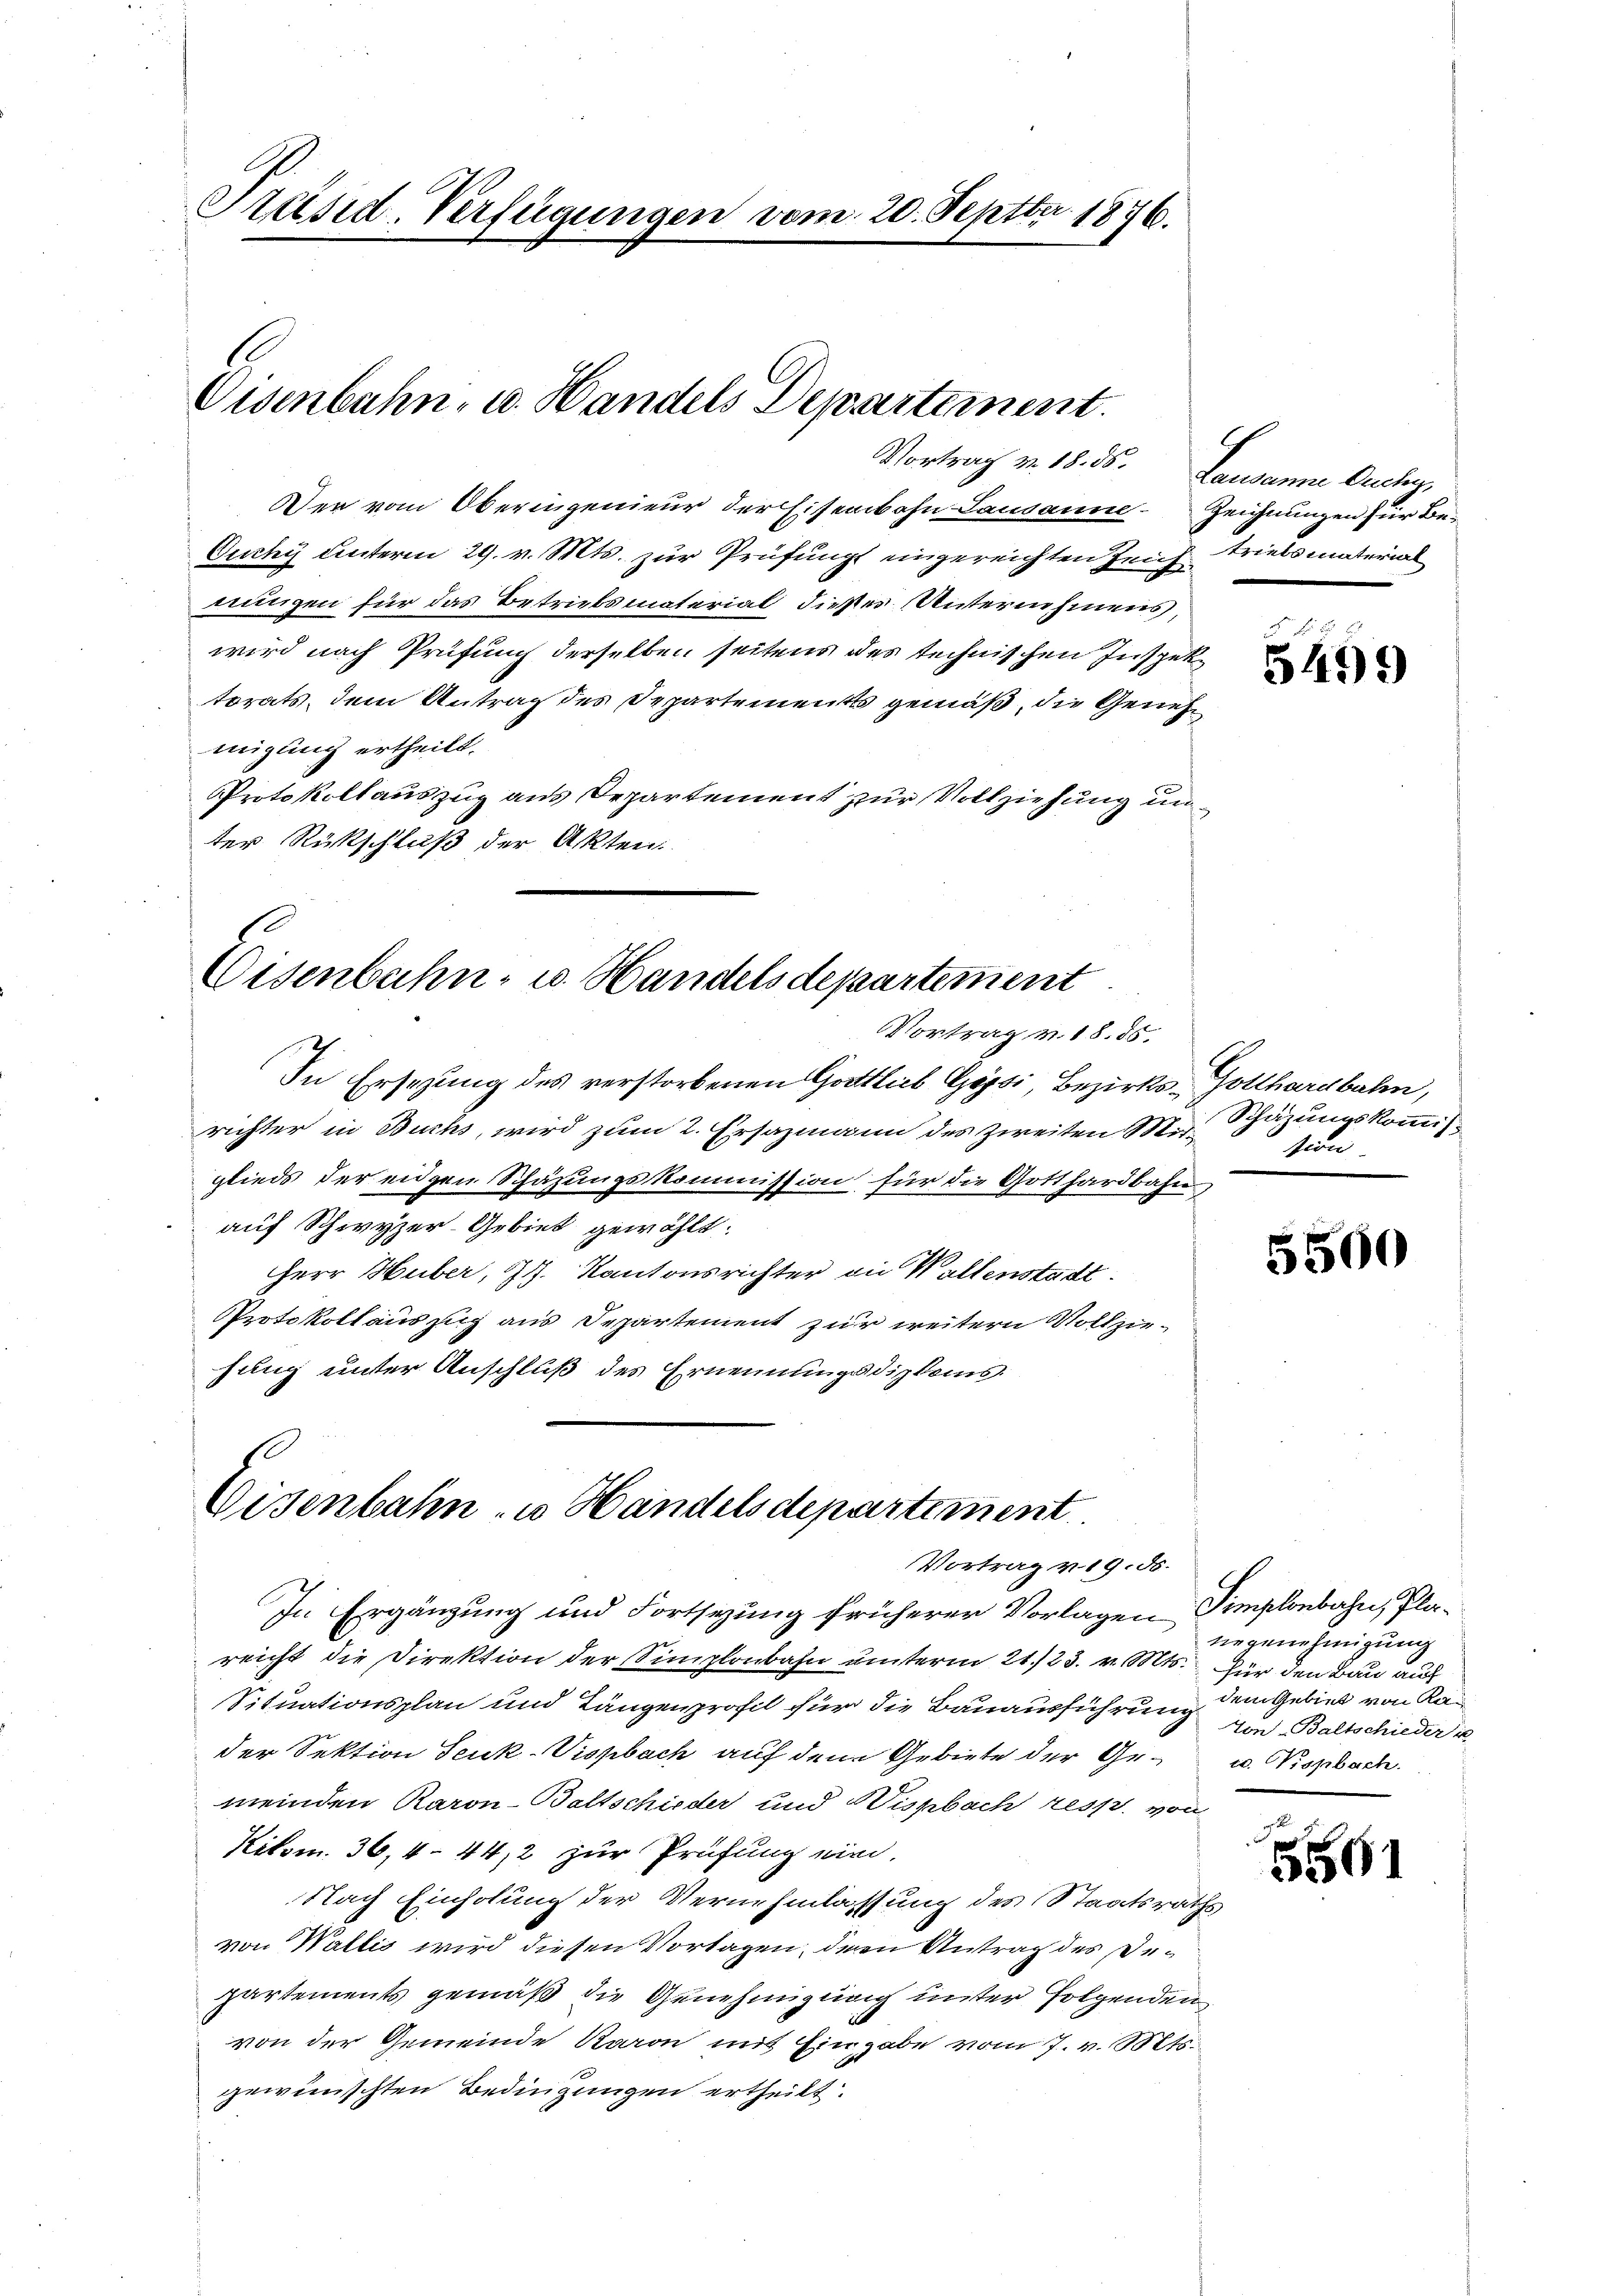
Präsid. Verfügungen vom 20. Septbr. 1876.

Eisenbahn- u. Handels Departement.

Der vom Oberingenieur der Eisenbahn Lausanne Zeichnungen für Be¬
Ouchy unterm 29. v. Mts. zur Prüfung eingereichten Zeich triebsmaterial
nungen für das Betriebsmaterial dieses Unternehmens,
wird nach Prüfung derselben seitens des technischen Inspektorats, dem Antrag des Departements gemäß, die Genehmigung ertheilt.
Protokollauszug aus Departement zur Vollziehung un
ter Rückschluß der Akten.

Vortrag v. 18. 85. Lausanne Ouchy,

Eisenbahn- u. Handelsdepartement
Vortrag v. 18. 85.

In Ersezung des verstorbenen Gottlich Gossi, Bezirks-Gotthardbahn,
richter in Buchs, wird zum 2. Ersazmann des Zweiten Mitglieds der eidgen Schazungskommission für die Gotthardbahn
auf Schwyzer-Gebiet gewählt:
Herr Huber, J. Kantonsrichter die Wallenstadt.
Protokollauszug aus Departement zur weitern Vollzie-
hung unter Anschluß des Ernennungsdipkems.

1
Eisenbahn zu Handelsdepartement
Vortrag v. 19. ds.

In Ergänzung und Fortsezung früherer Vorlagen Femplonbahn, Plareicht die Direktion der Simplonbahn unterm 21./23. v. Mts. Für den Bau auf
Situationsplan und Längenprofil für die Bauausführung dem Gebier von Kan
der Sektion Seuk-Vispbach auf dem Gebiete der Gemeinden Raron-Baltschieder und Wisbach resp. von
Kitom. 36, 444, 2 zur Prüfung eine
Nach Einholung der Vernehmlassung des Staatsraths
von Wallis wird diesen Vortagen, deren Antrag des Departements gemäß die Genehmigung unter folgenden
von der Gemeinde Raron mit Eingabe vom 7. v. Mts.
gewünschten Bedingungen ertheilt.

9

5499

Schäzungskommission

5500

tingenehmigung
Ton-Baltschieder in
u. Wisbach.

3561